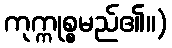
ကုက္ကုစ္စမည်၏။)